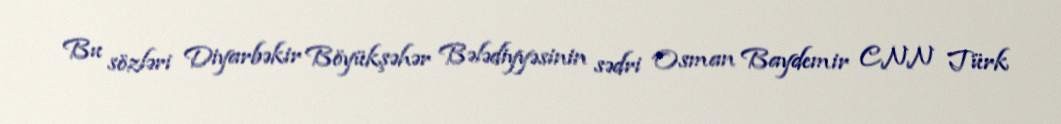
Bu sözləri Diyarbəkir Böyükşəhər Bələdiyyəsinin sədri Osman Baydemir CNN Türk